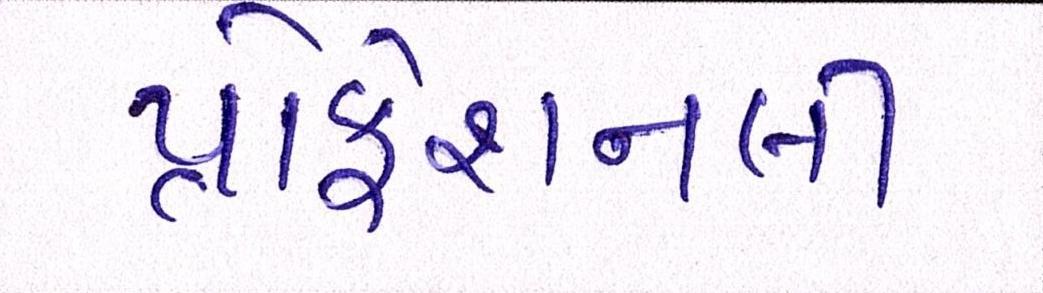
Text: પ્રોફેશનલી